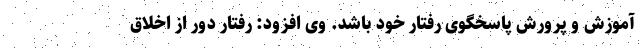
آموزش و پرورش پاسخگوی رفتار خود باشد. وی افزود: رفتار دور از اخلاق